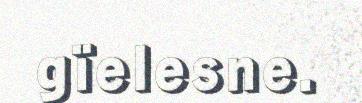
gïelesne.